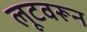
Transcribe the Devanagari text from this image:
लूटवरून